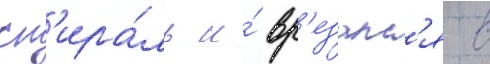
сп'ира́ль и́ вр'езалс'я в